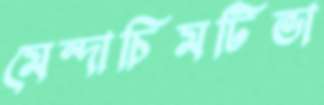
মেন্দাচিমটিভা